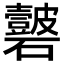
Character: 𥗣